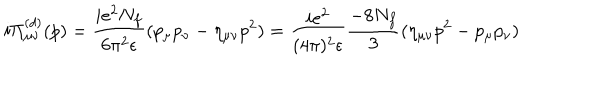
i \Pi _ { \mu \nu } ^ { ( d ) } ( p ) = \frac { i e ^ { 2 } N _ { f } } { 6 \pi ^ { 2 } \epsilon } ( p _ { \mu } p _ { \nu } - \eta _ { \mu \nu } p ^ { 2 } ) = \frac { i e ^ { 2 } } { ( 4 \pi ) ^ { 2 } \epsilon } \frac { - 8 N _ { f } } { 3 } ( \eta _ { \mu \nu } p ^ { 2 } - p _ { \mu } p _ { \nu } )